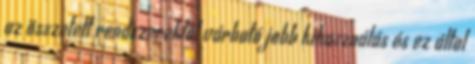
az összetett rendszerektől várható jobb kihasználás és ez által